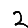
Digit: 2